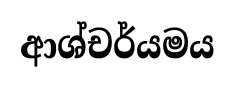
ආශ්චර්යමය